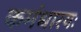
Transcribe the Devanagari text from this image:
कर्मधारयः